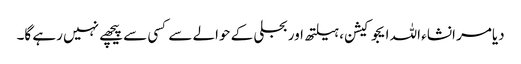
دیامر انشاء اللہ ایجوکیشن، ہیلتھ اور بجلی کے حوالے سے کسی سے پیچھے نہیں رہے گا۔